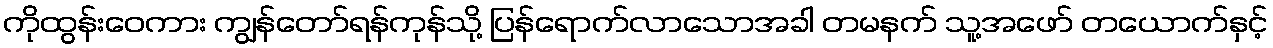
ကိုထွန်းဝေကား ကျွန်တော်ရန်ကုန်သို့ ပြန်ရောက်လာသောအခါ တမနက် သူ့အဖော် တယောက်နှင့်